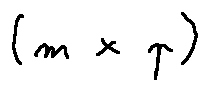
( m \times p )